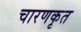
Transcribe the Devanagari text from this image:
चारणकृत